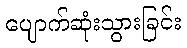
ပျောက်ဆုံးသွားခြင်း